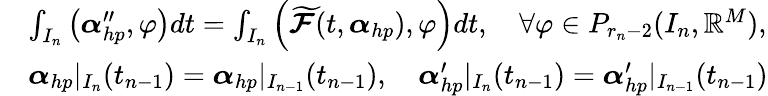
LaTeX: \begin{array}{rl}&{\int_{I_{n}}\left(\boldsymbol{\alpha}_{hp}^{\prime\prime},\varphi\right)dt=\int_{I_{n}}\left(\boldsymbol{\widetilde{\mathcal{F}}}(t,\boldsymbol{\alpha}_{hp}),\varphi\right)dt,\quad\forall\varphi\in P_{r_{n}-2}(I_{n},\mathbb{R}^{M}),}\\ &{\boldsymbol{\alpha}_{hp}|_{I_{n}}(t_{n-1})=\boldsymbol{\alpha}_{hp}|_{I_{n-1}}(t_{n-1}),\quad\boldsymbol{\alpha}_{hp}^{\prime}|_{I_{n}}(t_{n-1})=\boldsymbol{\alpha}_{hp}^{\prime}|_{I_{n-1}}(t_{n-1})}\end{array}